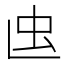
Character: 𧈞